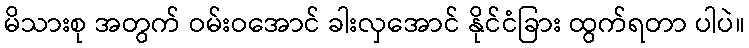
မိသားစု အတွက် ဝမ်းဝအောင် ခါးလှအောင် နိုင်ငံခြား ထွက်ရတာ ပါပဲ။